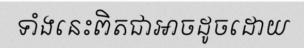
ទាំងនេះពិតជាអាចដូចដោយ